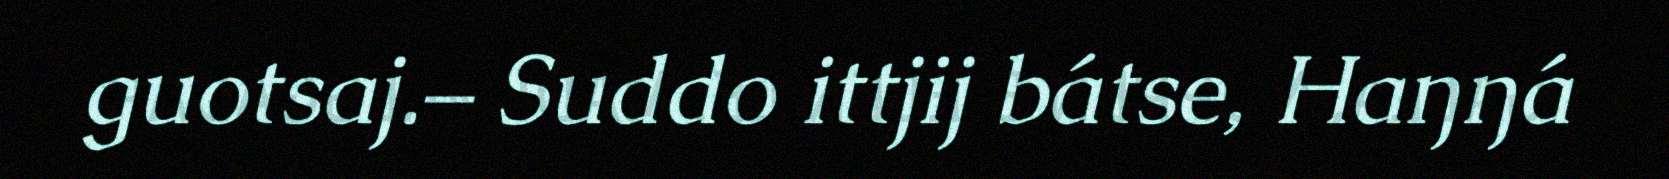
guotsaj.– Suddo ittjij bátse, Haŋŋá